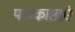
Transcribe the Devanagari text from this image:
पराकाष्ठाएं